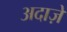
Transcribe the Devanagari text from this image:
अदाज़े